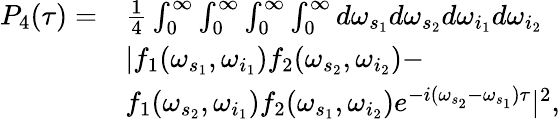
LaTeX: \begin{array}{rl}{P_{4}(\tau)=}&{\frac{1}{4}\int_{0}^{\infty}\int_{0}^{\infty}\int_{0}^{\infty}\int_{0}^{\infty}d\omega_{s_{1}}d\omega_{s_{2}}d\omega_{i_{1}}d\omega_{i_{2}}}\\ &{\mathrm{{|}}f_{1}(\omega_{s_{1}},\omega_{i_{1}})f_{2}(\omega_{s_{2}},\omega_{i_{2}})-}\\ &{f_{1}(\omega_{s_{2}},\omega_{i_{1}})f_{2}(\omega_{s_{1}},\omega_{i_{2}})e^{-i(\omega_{s_{2}}-\omega_{s_{1}})\tau}{\mathrm{|}}^{\mathrm{{2}}},}\end{array}